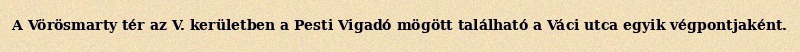
A Vörösmarty tér az V. kerületben a Pesti Vigadó mögött található a Váci utca egyik végpontjaként.